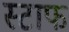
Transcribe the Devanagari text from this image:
स्टाफ